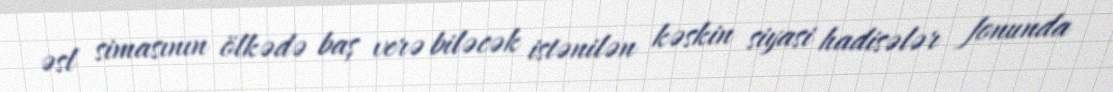
əsl simasının ölkədə baş verə biləcək istənilən kəskin siyasi hadisələr fonunda